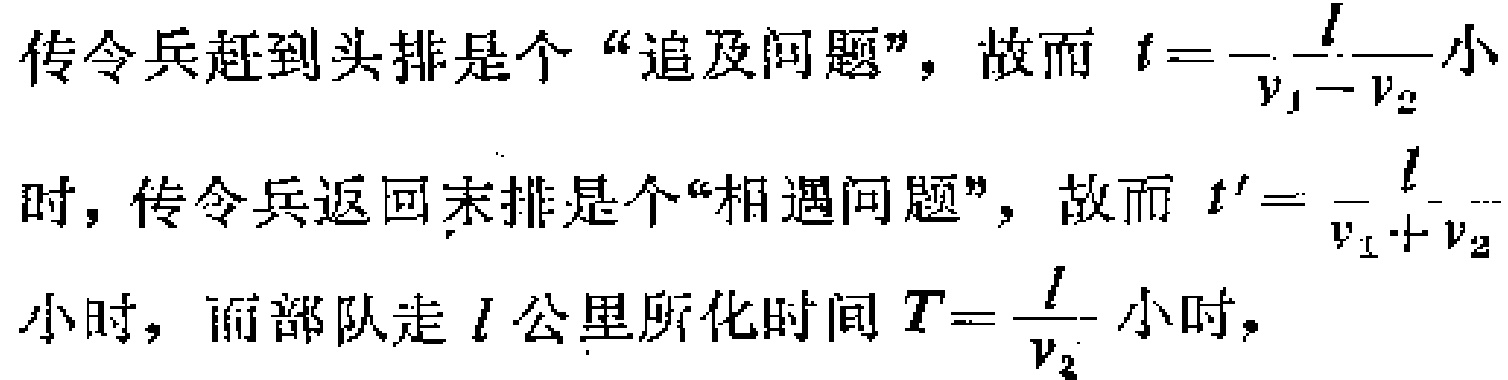
传令兵赶到头排是个“追及问题”，故而 \(t = \frac{l}{v_{1}-v_{2}}\) 小时，传令兵返回末排是个“相遇问题”，故而 \(t' = \frac{l}{v_{1}+v_{2}}\) 小时，而部队走 \(l\) 公里所化时间 \(T = \frac{l}{v_{2}}\) 小时，